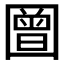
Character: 𭍳